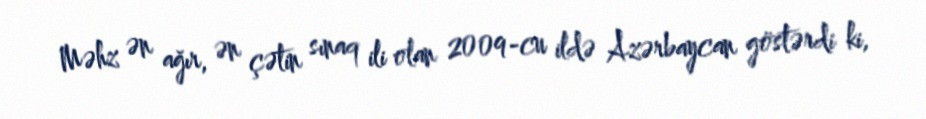
Məhz ən ağır, ən çətin sınaq ili olan 2009-cu ildə Azərbaycan göstərdi ki,